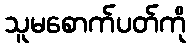
သူမစောက်ပတ်ကို